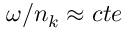
\omega / n _ { k } \approx c t e